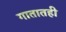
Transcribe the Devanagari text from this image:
गातातही